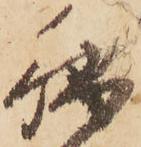
秘